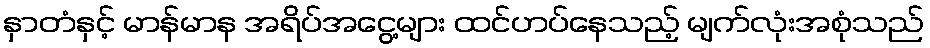
နှာတံနှင့် မာန်မာန အရိပ်အငွေ့များ ထင်ဟပ်နေသည့် မျက်လုံးအစုံသည်